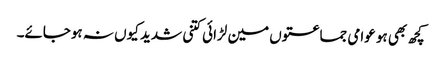
کچھ بھی ہو عوامی جماعتوں مین لڑائی کتنی شدید کیوں نہ ہوجائے۔